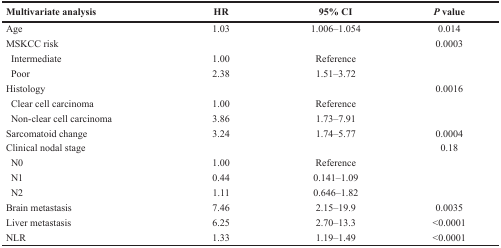
<table><thead><tr><td><b>Multivariate analysis</b></td><td><b>HR</b></td><td><b>95% CI</b></td><td><b><i>P</i> value</b></td></tr></thead><tbody><tr><td>Age</td><td>1.03</td><td>1.006–1.054</td><td>0.014</td></tr><tr><td>MSKCC risk</td><td></td><td></td><td>0.0003</td></tr><tr><td> Intermediate</td><td>1.00</td><td>Reference</td><td></td></tr><tr><td> Poor</td><td>2.38</td><td>1.51–3.72</td><td></td></tr><tr><td>Histology</td><td></td><td></td><td>0.0016</td></tr><tr><td> Clear cell carcinoma</td><td>1.00</td><td>Reference</td><td></td></tr><tr><td> Non-clear cell carcinoma</td><td>3.86</td><td>1.73–7.91</td><td></td></tr><tr><td>Sarcomatoid change</td><td>3.24</td><td>1.74–5.77</td><td>0.0004</td></tr><tr><td>Clinical nodal stage</td><td></td><td></td><td>0.18</td></tr><tr><td> N0</td><td>1.00</td><td>Reference</td><td></td></tr><tr><td> N1</td><td>0.44</td><td>0.141–1.09</td><td></td></tr><tr><td> N2</td><td>1.11</td><td>0.646–1.82</td><td></td></tr><tr><td>Brain metastasis</td><td>7.46</td><td>2.15–19.9</td><td>0.0035</td></tr><tr><td>Liver metastasis</td><td>6.25</td><td>2.70–13.3</td><td>&lt;0.0001</td></tr><tr><td>NLR</td><td>1.33</td><td>1.19–1.49</td><td>&lt;0.0001</td></tr></tbody></table>